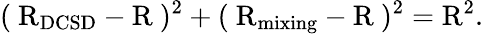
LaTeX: (~\mathrm{R}_{\mathrm{DCSD}}-\mathrm{R}~)^{2}+(~\mathrm{R}_{\mathrm{mixing}}-\mathrm{R}~)^{2}=\mathrm{R}^{2}.